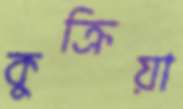
কুক্রিয়া